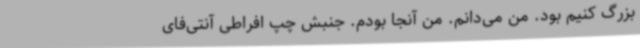
بزرگ کنیم بود. من می‌دانم. من آنجا بودم. جنبش چپ افراطی آنتی‌فای